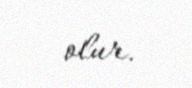
olur.